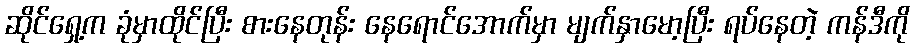
ဆိုင်ရှေ့က ခုံမှာထိုင်ပြီး စားနေတုန်း နေရောင်အောက်မှာ မျက်နှာမော့ပြီး ရပ်နေတဲ့ ကန်ဒီကို